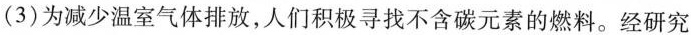
(3)为减少温室气体排放，人们积极寻找不含碳元素的燃料。经研究